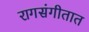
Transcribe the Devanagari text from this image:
रागसंगीतात